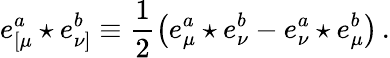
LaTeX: e_{\left[\mu\right.}^{a}\star e_{\left.\nu\right]}^{b}\equiv\frac 12\left(e_{\mu}^{a}\star e_{\nu}^{b}-e_{\nu}^{a}\star e_{\mu}^{b}\right)\, .